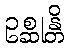
ဥစ္ဆုန္တိ